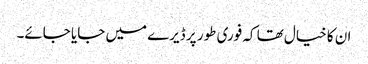
ان کا خیال تھا کہ فوری طور پر ڈیرے میں جایا جائے۔